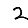
Digit: 2